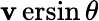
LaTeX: \operatorname{\mathbf{v}ersin}\theta